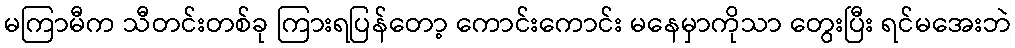
မကြာမီက သီတင်းတစ်ခု ကြားရပြန်တော့ ကောင်းကောင်း မနေမှာကိုသာ တွေးပြီး ရင်မအေးဘဲ